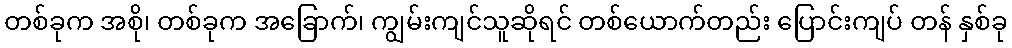
တစ်ခုက အစို၊ တစ်ခုက အခြောက်၊ ကျွမ်းကျင်သူဆိုရင် တစ်ယောက်တည်း ပြောင်းကျပ် တန် နှစ်ခု